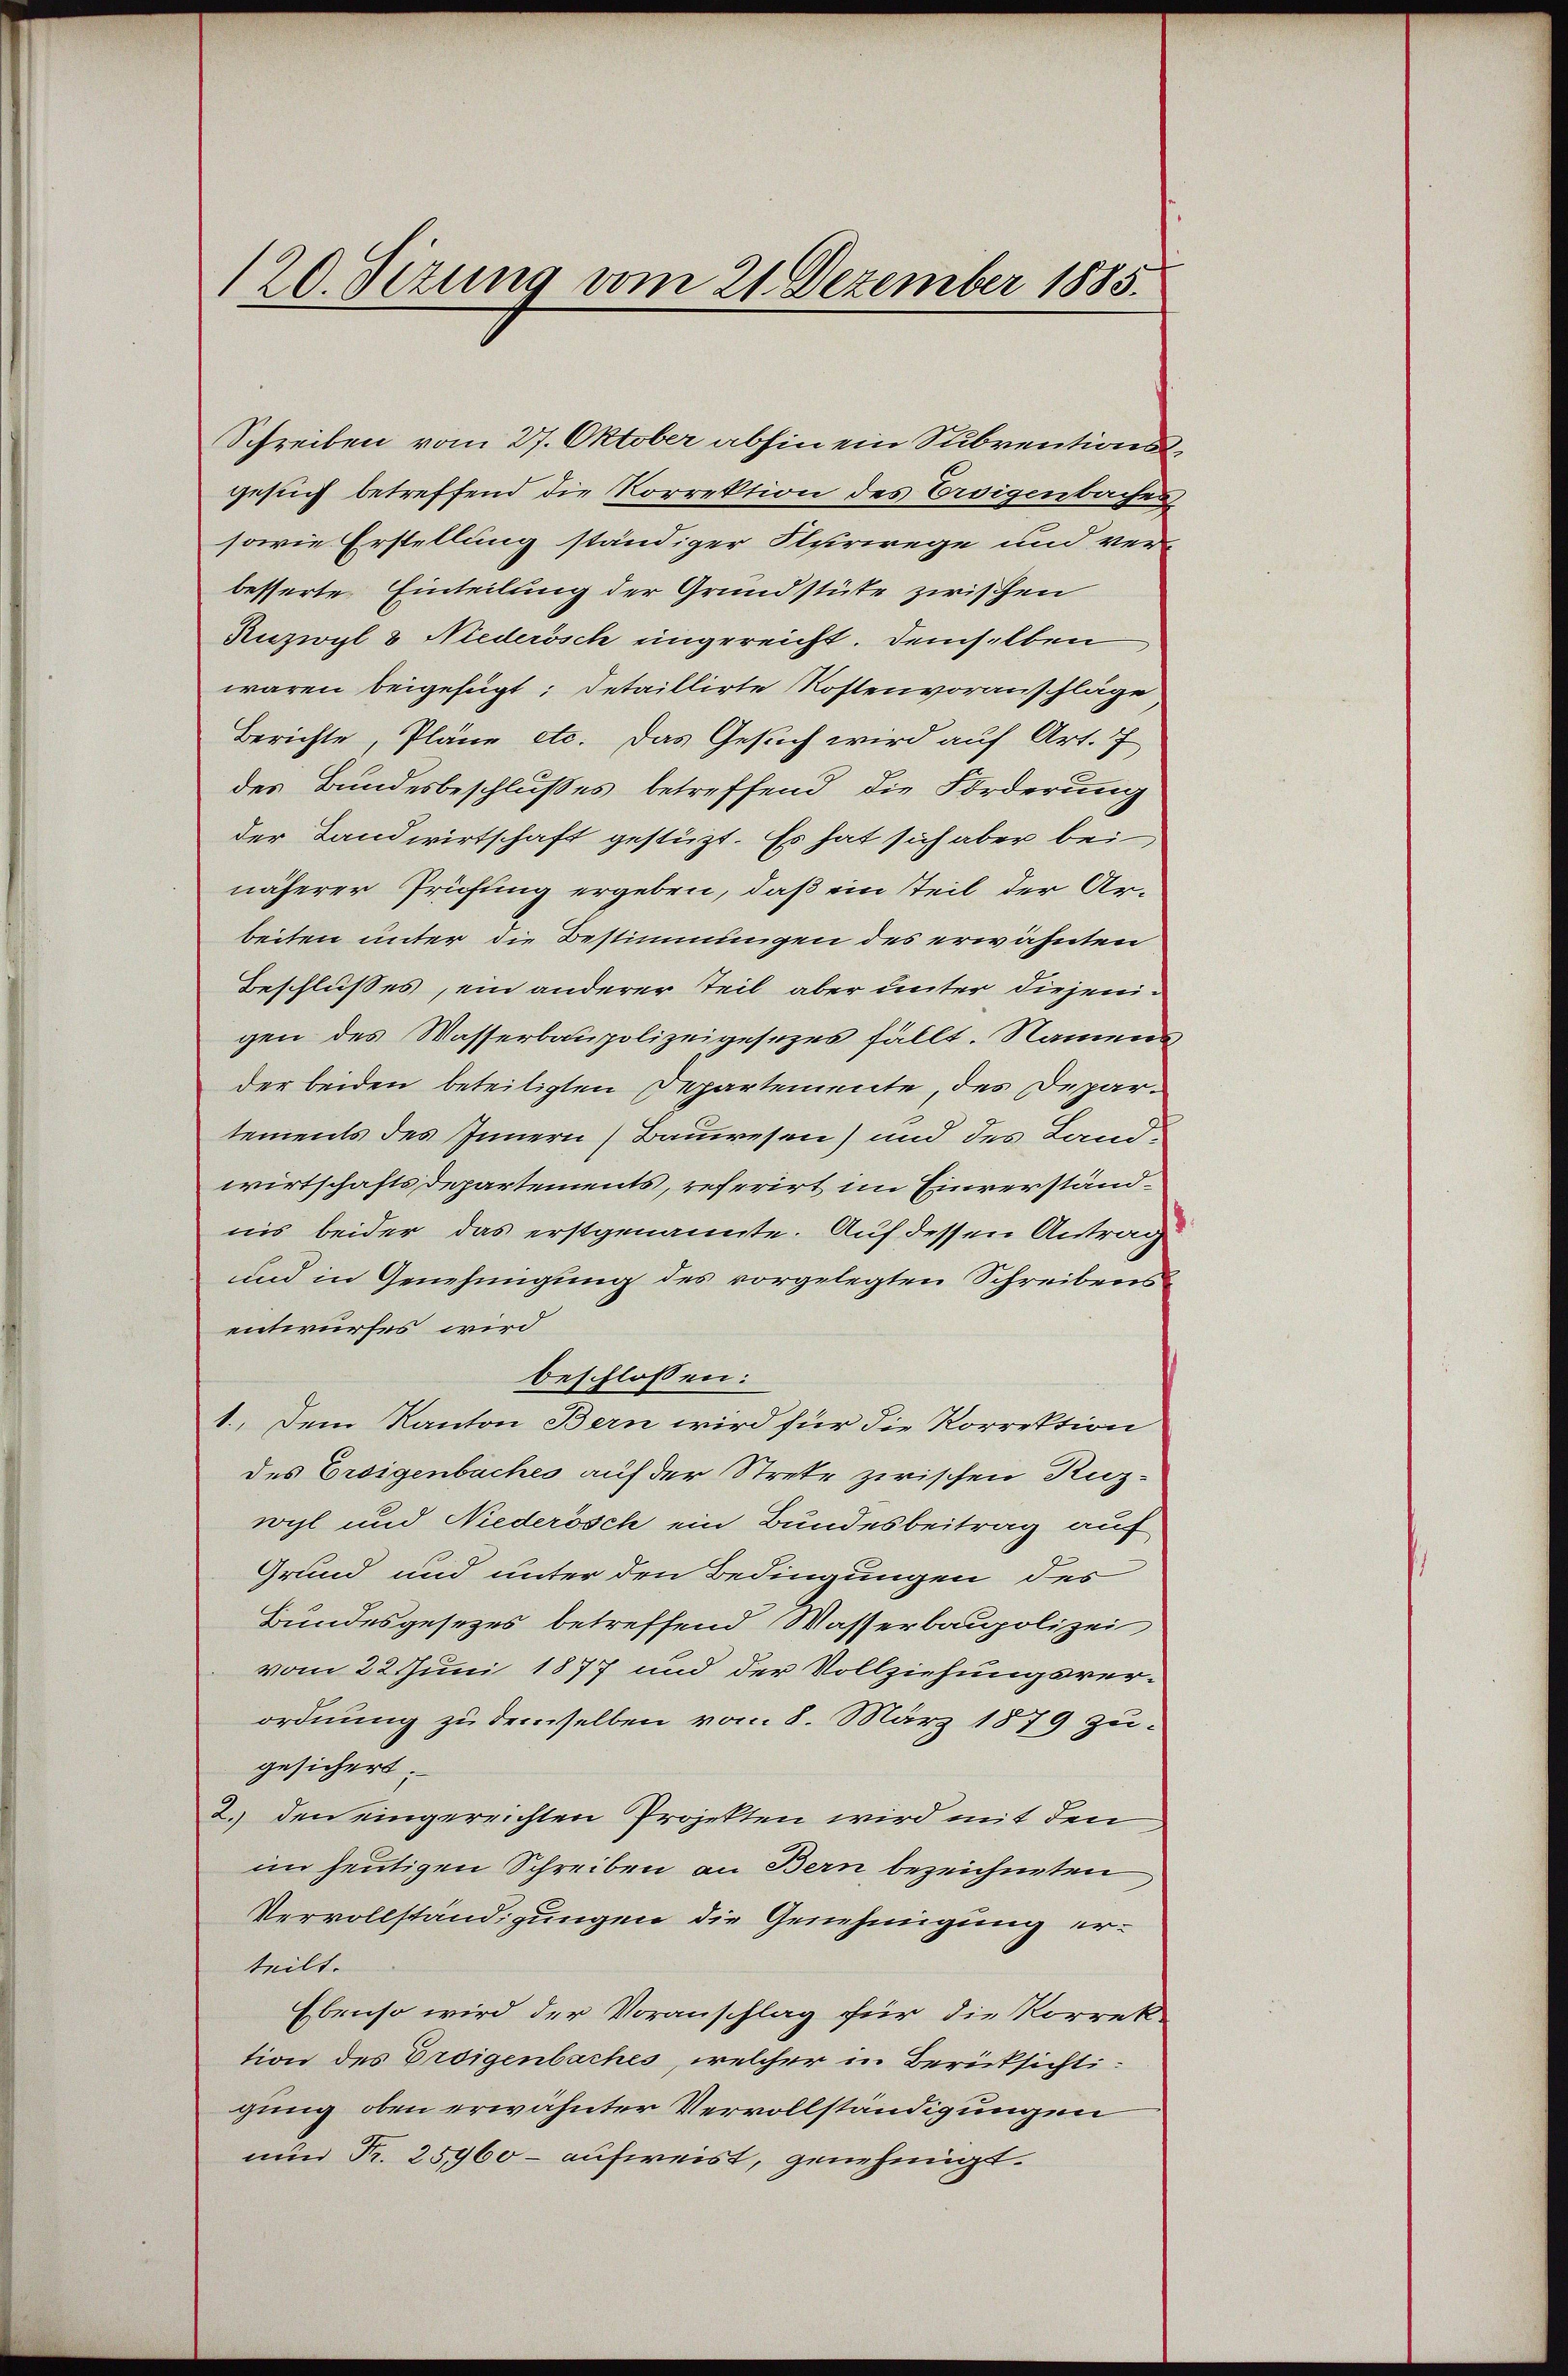
Schreiben vom 27. Oktober abhin ein Subventionsgesuch betreffend die Korrektion des Ereigenbaches
sowie Erstellung ständiger Flurwege und ver-
besserte Einteilung der Grundstüke zwischen
Anzwyl u Niederösch eingereicht. Demselben
waren beigefügt: Detaillirte Kostenvoranschläge
Berichte, Pläne etc. Das Gesuch wird auf Art. 7
des Bundesbeschlußes betreffend die Forderung
der Landwirtschaft gestützt. Es hat sich aber bei
näherer Prüfung ergeben, daß ein Teil der Ar-
beiten unter die Bestimmungen des erwähnten
Beschlußes, ein anderer Teil aber unter diejenigen des Wasserbaupolizeigesezes fällt. Namens
der beiden beteiligten Departemente, des Departements des Innern (Bauwesen) und des Landwirtschaftsdepartements, referirt im Einverständnis beider das erstgenannte. Auf dessen Antrag
und in Genehmigung des vorgelegten Schreibens
entwurfes, wird
beschlossen:
1.. Dem Kanton Bern wird für die Korrektion
des Ereigenbaches auf der Strete zwischen Ruz-
wyl und Niederösch ein Bundesbeitrag auf
Grund und unter den Bedingungen des
Bundesgesezes betreffend Wasserbaupolizei
vom 22. Juni 1877 und der Vollziehungsver-
ordnung zu demselben vom 8. März 1879 zugesichert.
2. den eingereichten Projekten wird mit den
im heutigen Schreiben an Bern bezeichneten
Vervollständigungen die Genehmigung erteilt.
Ebenso wird der Voranschlag für die Korrek-
tion des Droigenbaches, welcher in Berücksichtigung oben erwähnter Vervollständigungen
nun Fr. 25960 - aufweist, genehmigt.

120. Sizung vom 21. Dezember 1885.